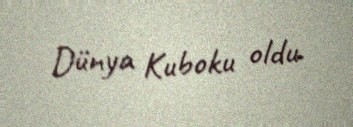
Dünya Kuboku oldu.